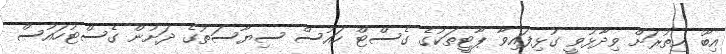
އިބޫ އިތުރަށް ވިދާޅުވީ ގުޅިފައިވާ ޕާޓީތަކުގެ ގެސްޓް ހައުސް ސިޔާސަތުގެ ދަށުން ގެސްޓުހައުސް